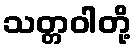
သတ္တဝါတို့